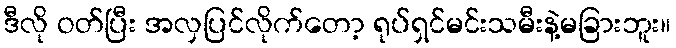
ဒီလို ဝတ်ပြီး အလှပြင်လိုက်တော့ ရုပ်ရှင်မင်းသမီးနဲ့မခြားဘူး။